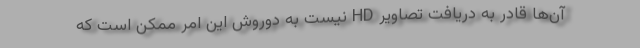
آن‌ها قادر به دریافت تصاویر HD نیست به دوروش این امر ممکن است که